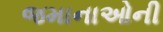
જમાનાઓની